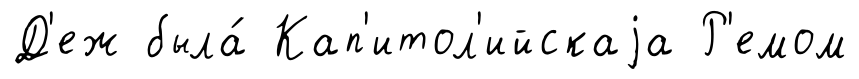
Д'еж была́ Кап'итол'ийскаjа Р'емом